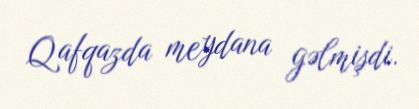
Qafqazda meydana gəlmişdi.